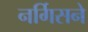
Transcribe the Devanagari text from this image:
नर्गिसने